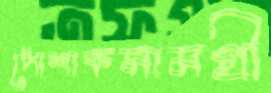
পোশাকসামগ্রী